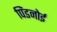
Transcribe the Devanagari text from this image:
पिंडनोई